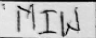
Transcription: MIW